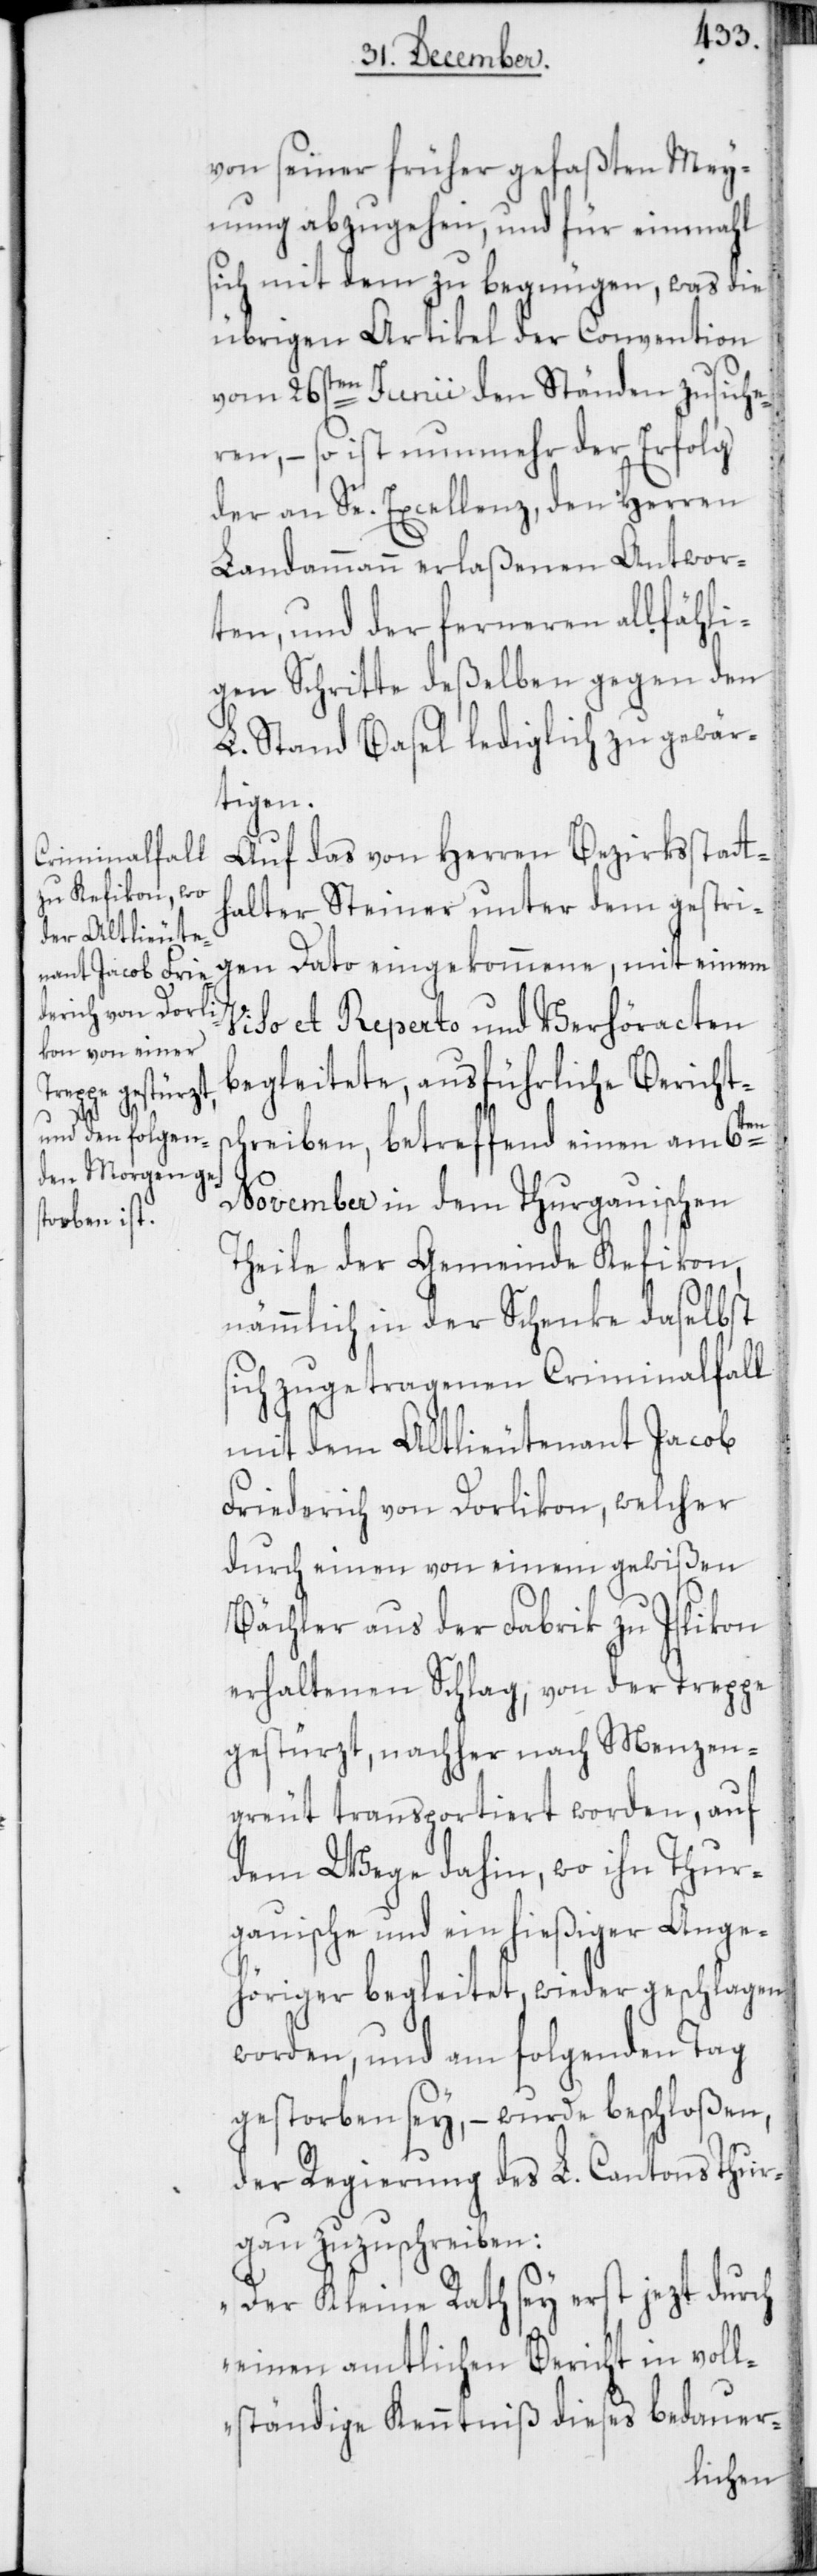
von seiner früher gefaßten Mey¬
nung abzugehen, und für einmahl
sich mit dem zu begnügen, was die
übrigen Artikel der Convention
vom 26sten Junii den Ständen zusiche¬
ren, – so ist nunmehr der Erfolg
der an Se. Excellenz, den Herren
Landammann erlaßenen Antwor¬
ten, und der ferneren allfähli¬
gen Schritte deßelben gegen den
L. Stand Basel lediglich zu gewär¬
tigen.
Auf das von Herren Bezirksstatt¬
halter Steiner unter dem gestri¬
gen Dato eingekommene, mit einem
Viso et Reperto und Verhöracten
begleitete, ausführliche Berichts¬
chreiben, betreffend einen am 6ten
November in dem Thurgauischen
Theile der Gemeinde Kefikon,
nämmlich in der Schenke daselbst
sich zugetragenen Criminalfall
mit dem Altlieutenant Jacob
Friederich von Dorlikon, welcher
durch einen von einem gewißen
Bächler aus der Fabrik zu Islikon
erhaltenen Schlag, von der Treppe
gestürzt, nachher nach Menzen¬
greut transportiert worden, auf
dem Wege dahin, wo ihn Thur¬
gauische und ein hießiger Ange¬
höriger begleitet, wieder geschlagen
worden, und am folgenden Tag
gestorben sey, – wurde beschloßen,
der Regierung des L. Cantons Thur¬
gau zuzuschreiben:
„Der Kleine Rath sey erst jezt durch
einen amtlichen Bericht in voll¬
ständige Kenntniß dieses bedauer-